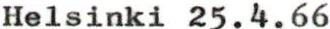
Helsinki 25.4.66